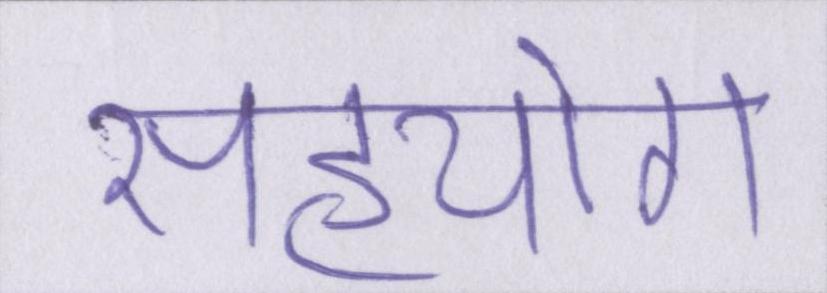
सहयोग